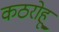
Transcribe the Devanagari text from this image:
कठरोहू